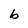
Character: b